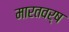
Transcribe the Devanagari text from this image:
मारतवर्ष